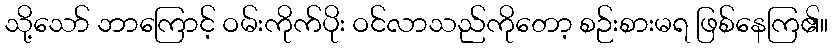
သို့သော် ဘာကြောင့် ဝမ်းကိုက်ပိုး ဝင်လာသည်ကိုတော့ စဉ်းစားမရ ဖြစ်နေကြ၏။